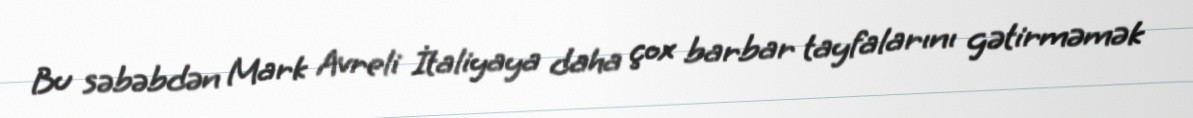
Bu səbəbdən Mark Avreli İtaliyaya daha çox barbar tayfalarını gətirməmək